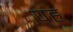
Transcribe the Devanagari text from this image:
पहृ